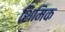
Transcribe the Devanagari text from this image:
शिमिक